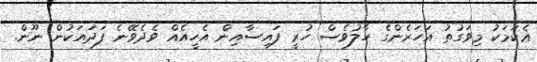
ޢެކަމަކު މިވަގުތު އަހަރެންގެ ހާލުވެސް ހުރީ ފައިސާއިން އެހީއެއް ވެދެވޭނެ ފަދައަކުން ނޫން.